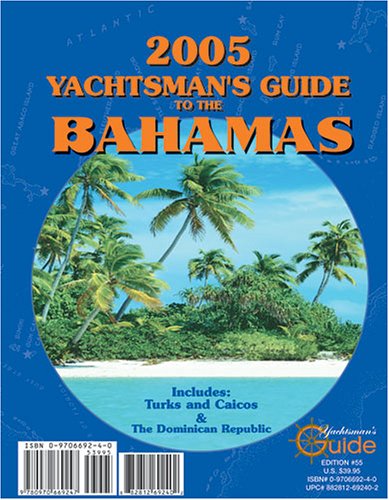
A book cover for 2005 Yachtsman's Guide to the Bahamas: Including Turks & Caicos and the Dominican Republic; Thomas Daly; Travel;